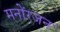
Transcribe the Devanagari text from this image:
मनोंरजन